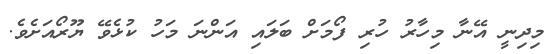
މިދިނީ އޭނާ މިހާރު ހުރި ފޯމަށް ބަލައި އަންނަ މަހު ކުޅެވޭ ޔޫރޯއަށެވެ.